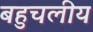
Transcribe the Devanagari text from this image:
बहुचलीय